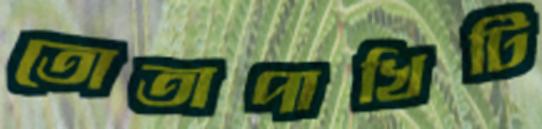
তোতাপাখিটি